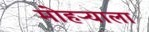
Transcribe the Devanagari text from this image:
मोहऱ्याला